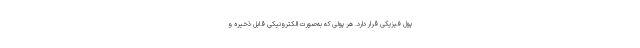
پول فیزیکی قرار دارد. هر پولی که به‌صورت الکترونیکی قابل ذخیره و